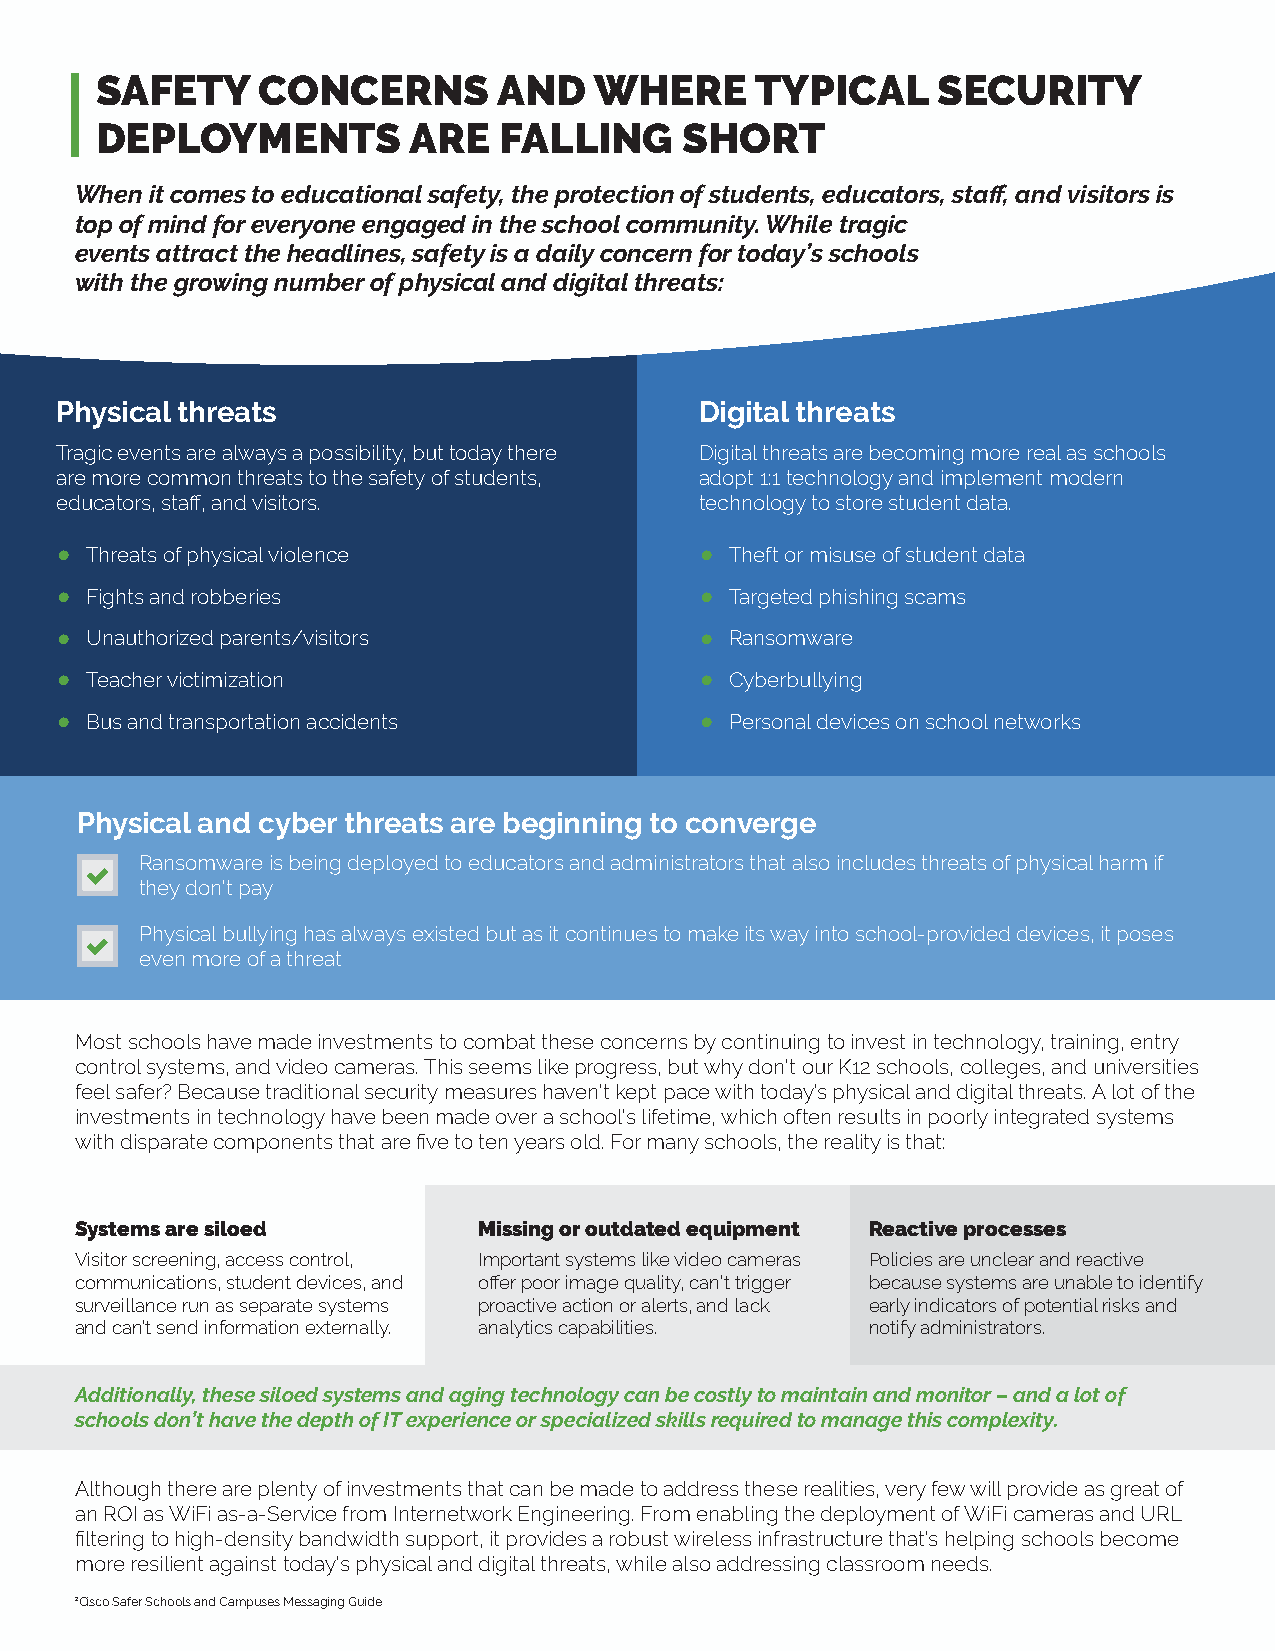
SAFETY     CONCERNS        AND   WHERE      TYPICAL     SECURITY
 DEPLOYMENTS          ARE   FALLING     SHORT
 When it comes to educational safety, the protection of students, educators, staff, and visitors is
 top of mind for everyone engaged in the school community. While tragic
 events attract the headlines, safety is a daily concern for today’s schools
 with the growing number of physical and digital threats:
 Physical threats                          Digital threats
 Tragic events are always a possibility, but today there Digital threats are becoming more real as schools
 are more common threats to the safety of students, adopt 1:1 technology and implement modern
 educators, staff, and visitors.           technology to store student data.
 •                                         •
 Threats of physical violence              Theft or misuse of student data
 •                                         •
 Fights and robberies                      Targeted phishing scams
 •                                         •
 Unauthorized parents/visitors             Ransomware
 •                                         •
 Teacher victimization                     Cyberbullying
 •                                         •
 Bus and transportation accidents          Personal devices on school networks
 Physical and cyber threats are beginning to converge
 Ransomware is being deployed to educators and administrators that also includes threats of physical harm if
 they don’t pay
 Physical bullying has always existed but as it continues to make its way into school-provided devices, it poses
 even more of a threat
 Most schools have made investments to combat these concerns by continuing to invest in technology, training, entry
 control systems, and video cameras. This seems like progress, but why don’t our K12 schools, colleges, and universities
 feel safer? Because traditional security measures haven’t kept pace with today’s physical and digital threats. A lot of the
 investments in technology have been made over a school’s lifetime, which often results in poorly integrated systems
 with disparate components that are five to ten years old. For many schools, the reality is that:
 Systems are siloed         Missing or outdated equipment Reactive processes
 Visitor screening, access control, Important systems like video cameras Policies are unclear and reactive
 communications, student devices, and offer poor image quality, can’t trigger because systems are unable to identify
 surveillance run as separate systems proactive action or alerts, and lack early indicators of potential risks and
 and can’t send information externally. analytics capabilities. notify administrators.
 Additionally, these siloed systems and aging technology can be costly to maintain and monitor – and a lot of
 schools don’t have the depth of IT experience or specialized skills required to manage this complexity.
 Although there are plenty of investments that can be made to address these realities, very few will provide as great of
 an ROI as WiFi as-a-Service from Internetwork Engineering. From enabling the deployment of WiFi cameras and URL
 filtering to high-density bandwidth support, it provides a robust wireless infrastructure that’s helping schools become
 more resilient against today’s physical and digital threats, while also addressing classroom needs.
 2Cisco Safer Schools and Campuses Messaging Guide